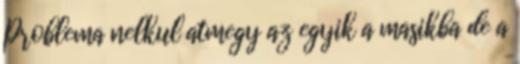
Problema nelkul atmegy az egyik a masikba de a